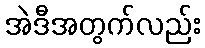
အဲဒီအတွက်လည်း